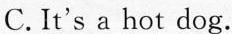
C.It's a hot dog.